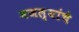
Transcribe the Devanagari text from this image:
मजल्यांचे